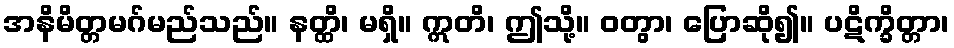
အနိမိတ္တမဂ်မည်သည်။ နတ္ထိ၊ မရှိ။ ဣတိ၊ ဤသို့။ ဝတွာ၊ ပြောဆို၍။ ပဋိက္ခိတ္တာ၊